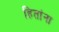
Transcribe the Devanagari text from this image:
हितांना